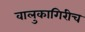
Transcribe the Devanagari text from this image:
वालुकागिरीच